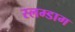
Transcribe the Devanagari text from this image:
स्लम्डाग